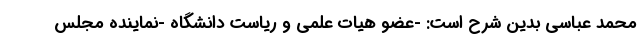
محمد عباسی بدین شرح است: -عضو هیات علمی و ریاست دانشگاه -نماینده مجلس